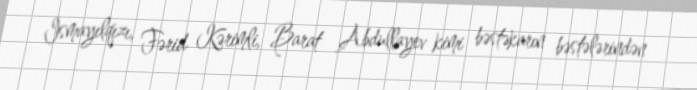
Ismayılqızı, Fərid Kərimli, Barat Abdullayev kimi bəstəkarın bəstələrindən